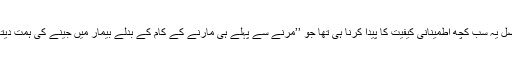
دراصل یہ سب کچھ اطمینانی کیفیت کا پیدا کرنا ہی تھا جو ’’مرنے سے پہلے ہی مارنے کے کام کے بدلے بیمار میں جینے کی ہمت دیتا تھا۔